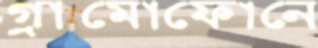
গ্রামোফোনে